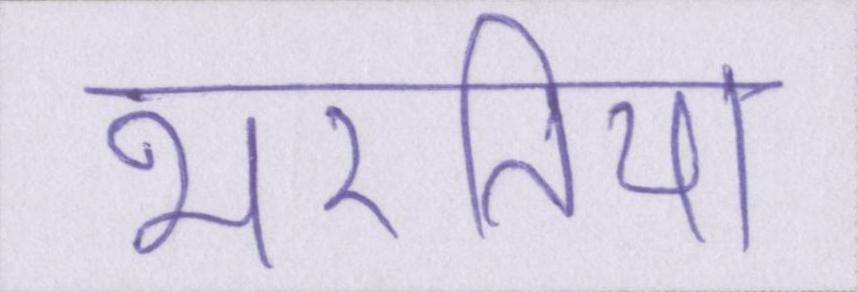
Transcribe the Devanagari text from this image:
भरतिया